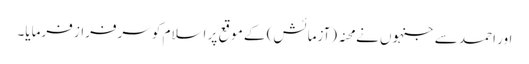
اور احمد سے جنہوں نے محنہ (آزمائش) کے موقع پر اسلام کو سرفراز فرمایا۔